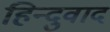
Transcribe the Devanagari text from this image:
हिन्दुवाद